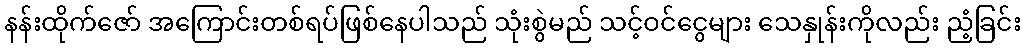
နန်းထိုက်ဇော် အကြောင်းတစ်ရပ်ဖြစ်နေပါသည် သုံးစွဲမည် သင့်ဝင်ငွေများ သေနှုန်းကိုလည်း ညံ့ခြင်း